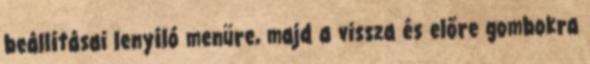
beállításai lenyíló menüre, majd a vissza és előre gombokra